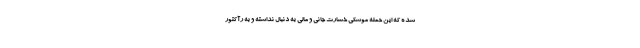
شده که این حمله موشکی خسارت جانی و مالی به دنبال نداشته و به رآکتور